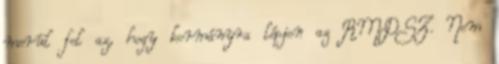
merül fel az, hogy kormányra lépjen az RMDSZ. Nem